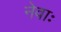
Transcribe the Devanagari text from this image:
नेवाः